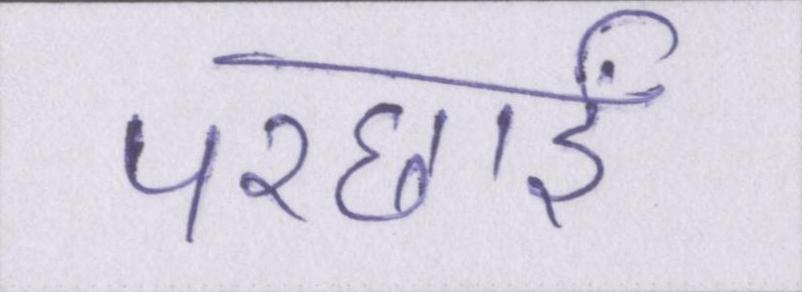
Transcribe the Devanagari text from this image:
परछाईं